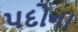
પદોના